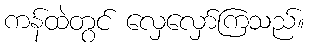
ကန်ထဲတွင် လှေလှော်ကြသည်။